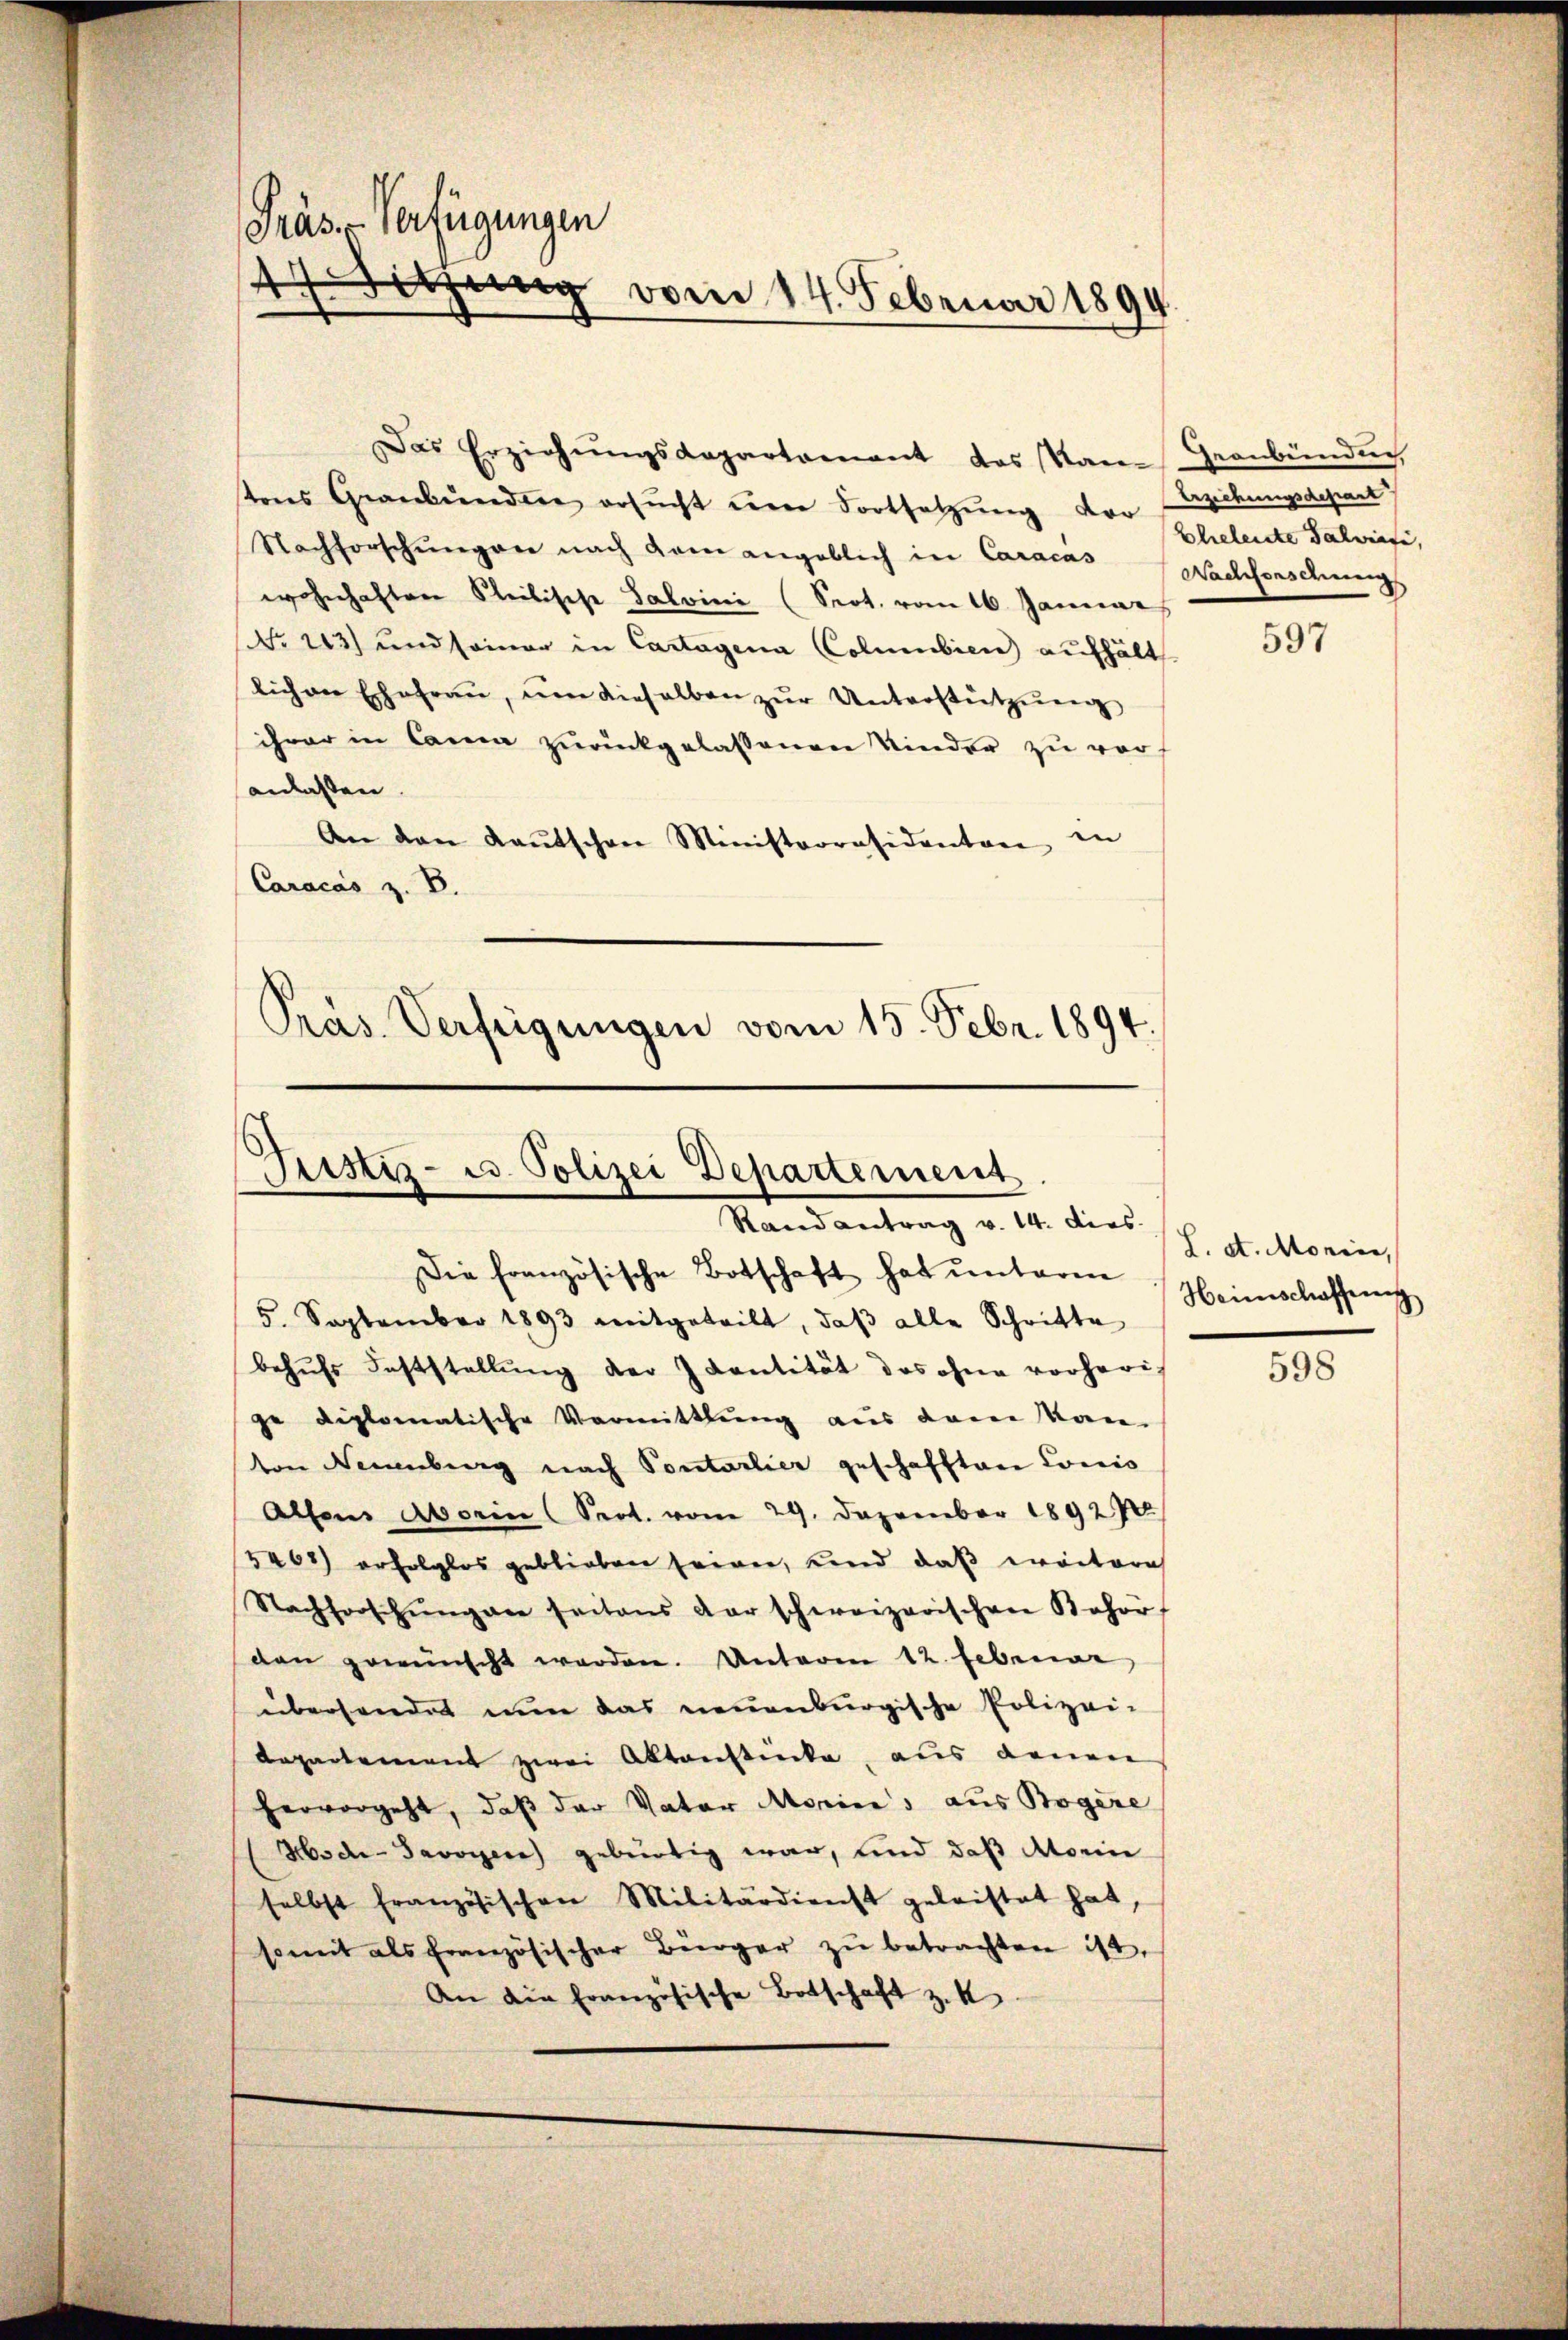
Das Erziehŭngsdepartamant das kam Graubünden,
tons Graubündere ersŭcht der Fortsetzung der Leitungsdepart
Nachforschungen nach dem angeblich in Caracas
wohnhaften Kleidische Salvini (Seot. vom 16. Januar
No 143) und seiner in Cartagina CColumbien) aufhält
lichen Ehefraŭ, ŭm dieselben zur Unterstützung
ihrer in Cama zurückgelassenen Kinder zu voranlassen.
An den Kaŭtschen Ministerräsidenten in
Caracas z. B.
Pras. Verfügungen vom 15. Febr. 1894.

Präs. Verfügungen
d
Sitzung vom 14. Februar 1894

Justiz- u. Polizei Departement
Stand antrag v. 14. dies

Die französische Botschaft hat unterm
5. September 1893 mitgeteilt, daβ alle Schritte
behŭfs Feststellŭng der Ivantität des ohne vorheri-
ge diplomatische Vormittlung aus dem Kan-
von Neuenburg nach Pontarlier geschafften Comis
Alfons Aborin (Sept. vom 29. Dezember 189270
5465) erfolglos geblieben seinen, und daß weitere
Nachforschŭngen seitens der schweizerischen Behört
den gewünscht werden. Unterm 12. Februar
übersendet nun das neuenburgische Polizei-
departement zwei Aktenstücke, aus denen
hervorgeht, daß der Vater Moricas aus Bogere
Hode-Javoyer gebürtig war, und daß Morin
selbst französischen Militärdienst geleistet hat,
somit als französischer Bürger zu betrachten ist,
An die französische Botschaft z. K

Eheleiste Galwiese,
Wachforschung

597

L. St. Monier,
Heimschaffung

598